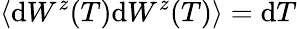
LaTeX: \langle\mathrm{d}W^{z}(T)\mathrm{d}W^{z}(T)\rangle=\mathrm{d}T